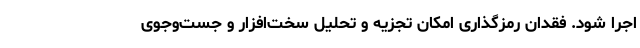
اجرا شود. فقدان رمزگذاری امکان تجزیه و تحلیل سخت‌افزار و جست‌وجوی